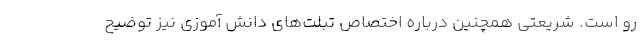
رو است. شریعتی همچنین درباره اختصاص تبلت‌های دانش آموزی نیز توضیح